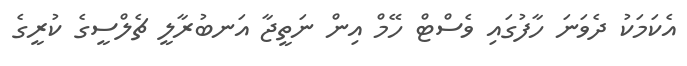
އެކަމަކު ދެވަނަ ހާފުގައި ވެސްޓް ހޭމް އިން ނަތީޖާ އަނބުރާލީ ޗެލްސީގެ ކުރީގެ